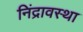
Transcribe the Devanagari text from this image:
निंद्रावस्था